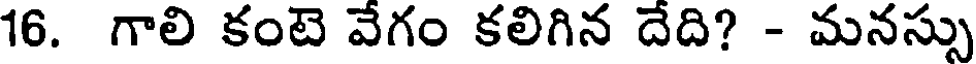
16. గాలి కంటె వేగం కలిగిన దేది? - మనస్సు